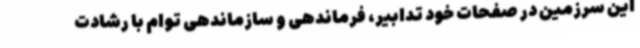
این سرزمین در صفحات خود تدابیر، فرماندهی و سازماندهی توام با رشادت